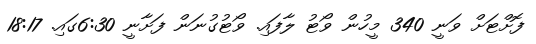
ފޮށްޓަށް ވަނީ 340 މީހުން ވޯޓު ލާފައި. ވޯޓުގުނަން ފަށާނީ 6:30ގައި. 18:17